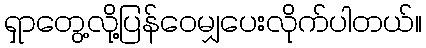
ရှာတွေ့လို့ပြန်ဝေမျှပေးလိုက်ပါတယ်။